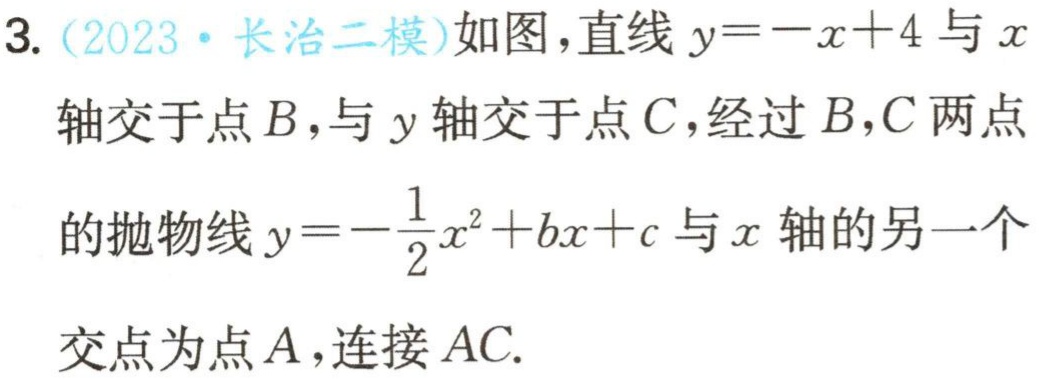
3.（2023·长治二模）如图，直线\(y = -x + 4\)与\(x\)轴交于点\(B\)，与\(y\)轴交于点\(C\)，经过\(B,C\)两点的抛物线\(y = -\frac{1}{2}x^{2}+bx + c\)与\(x\)轴的另一个交点为点\(A\)，连接\(AC\).